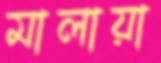
মালায়া